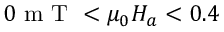
0 \mathrm { ~ m ~ T ~ } < \mu _ { 0 } H _ { a } < 0 . 4